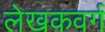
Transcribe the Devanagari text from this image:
लेखकवर्ग